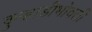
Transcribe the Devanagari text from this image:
कुर्‍हाडीभोवती